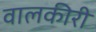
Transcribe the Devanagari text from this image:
वालकीरी